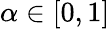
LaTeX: \alpha\in[0,1]